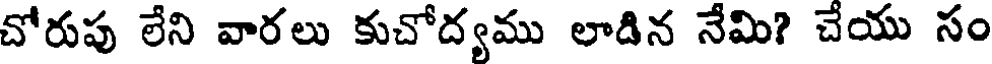
చోరుపు లేని వారలు కుచోద్యము లాడిన నేమి? చేయు సం